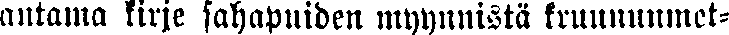
antama kirje sahapuiden myynnistä kruununmet-